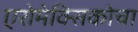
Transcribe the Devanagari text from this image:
एरोमेक्सिकोचा